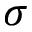
\sigma